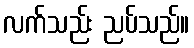
လက်သည်း ညပ်သည်။